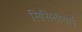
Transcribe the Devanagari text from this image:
सिसिलीयाई